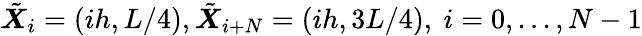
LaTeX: \tilde{\boldsymbol X}_{i}=(ih,L/4),\tilde{\boldsymbol X}_{i+N}=(ih,3L/4),\ i=0,...,N-1